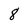
Character: 8